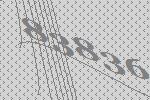
83836